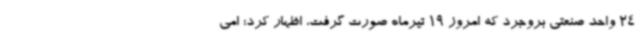
24 واحد صنعتی بروجرد که امروز 19 تیرماه صورت گرفت، اظهار کرد: امی